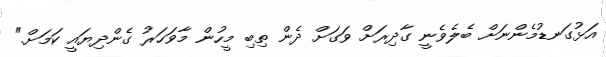
އަޅުގަނޑުމެންނަށް ބެލެވެނީ ގާދިރަށް ވަގަށް ދެން ތިބި މީހުން މާވަހަރު ގެންދިޔައީ ކަމަށް."